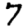
Digit: 7